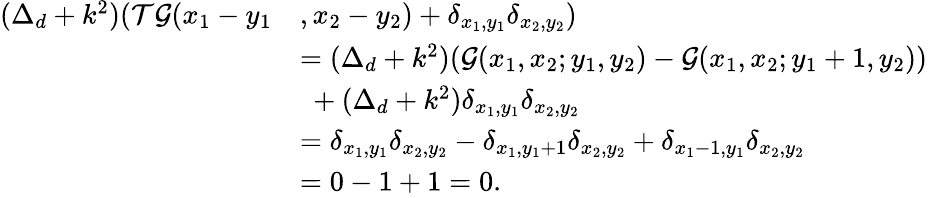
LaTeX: \begin{array}{rl}{(\Delta_{d}+k^{2})(\mathcal{T}\mathcal{G}(x_{1}-y_{1}}&{,x_{2}-y_{2})+\delta_{x_{1},y_{1}}\delta_{x_{2},y_{2}})}\\ &{=(\Delta_{d}+k^{2})(\mathcal{G}(x_{1},x_{2};y_{1},y_{2})-\mathcal{G}(x_{1},x_{2};y_{1}+1,y_{2}))}\\ &{\ +(\Delta_{d}+k^{2})\delta_{x_{1},y_{1}}\delta_{x_{2},y_{2}}}\\ &{=\delta_{x_{1},y_{1}}\delta_{x_{2},y_{2}}-\delta_{x_{1},y_{1}+1}\delta_{x_{2},y_{2}}+\delta_{x_{1}-1,y_{1}}\delta_{x_{2},y_{2}}}\\ &{=0-1+1=0.}\end{array}